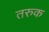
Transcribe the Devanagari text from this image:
तरुक